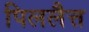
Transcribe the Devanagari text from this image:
पिललैत्त